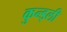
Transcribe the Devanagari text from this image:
कुन्ड्ली